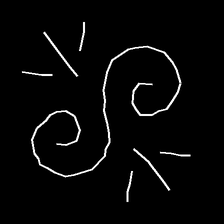
Glyph: wind-directs-air